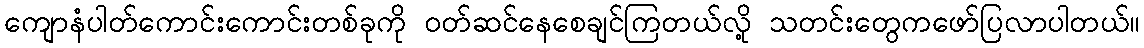
ကျောနံပါတ်ကောင်းကောင်းတစ်ခုကို ဝတ်ဆင်နေစေချင်ကြတယ်လို့ သတင်းတွေကဖော်ပြလာပါတယ်။